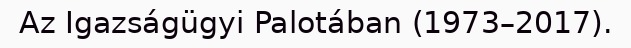
Az Igazságügyi Palotában (1973–2017).